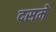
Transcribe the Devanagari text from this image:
दसमे